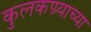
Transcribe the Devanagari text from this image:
कुलकण्र्याच्या